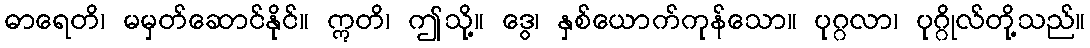
ဓာရေတိ၊ မမှတ်ဆောင်နိုင်။ ဣတိ၊ ဤသို့။ ဒွေ၊ နှစ်ယောက်ကုန်သော။ ပုဂ္ဂလာ၊ ပုဂ္ဂိုလ်တို့သည်။